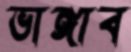
ভাঙ্গাব